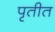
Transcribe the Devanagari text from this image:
पृतीत